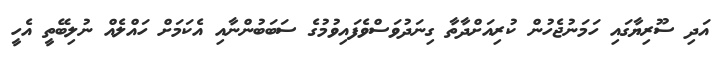
އަދި ސޫރިޔާގައި ހަމަނުޖެހުން ކުރިއަށްދާތާ ގިނަދުވަސްވެފައިވުމުގެ ސަބަބުންނާއި އެކަމަށް ހައްލެއް ނުލިބޭތީ އެހީ